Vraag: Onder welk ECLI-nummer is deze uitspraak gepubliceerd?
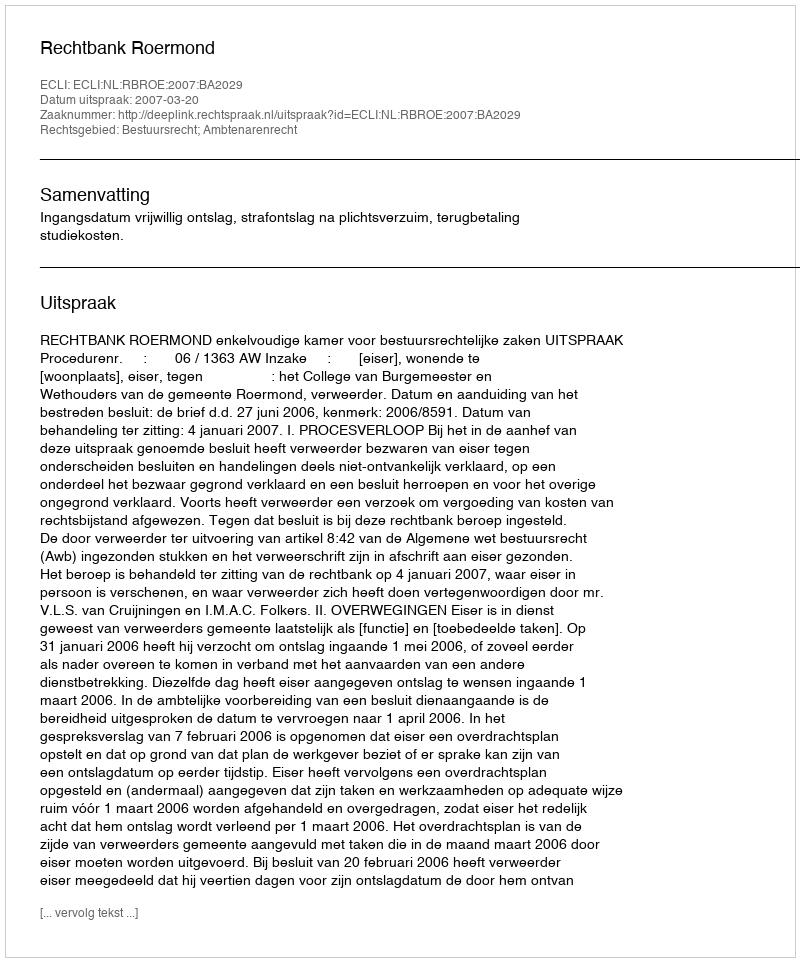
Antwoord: ECLI:NL:RBROE:2007:BA2029